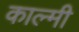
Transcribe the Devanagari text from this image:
काल्मी